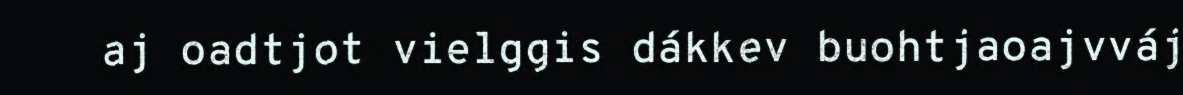
aj oadtjot vielggis dákkev buohtjaoajvváj